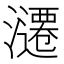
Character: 𰝢